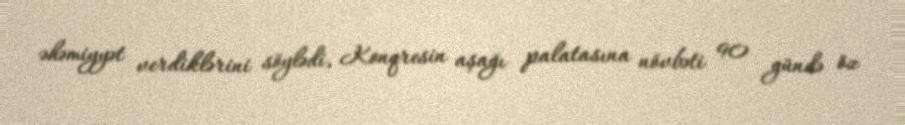
əhəmiyyət verdiklərini söylədi, Konqresin aşağı palatasına növbəti 90 gündə öz